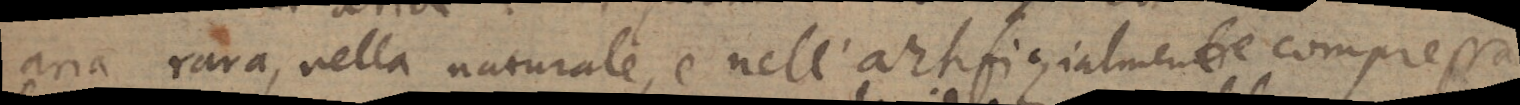
aria rara, nella naturale, e nell’artifizialmente compressa